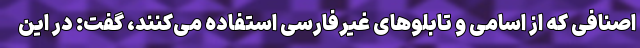
اصنافی که از اسامی و تابلوهای غیرفارسی استفاده می‌کنند، گفت: در این